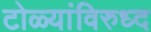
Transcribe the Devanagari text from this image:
टोळ्यांविरुध्द